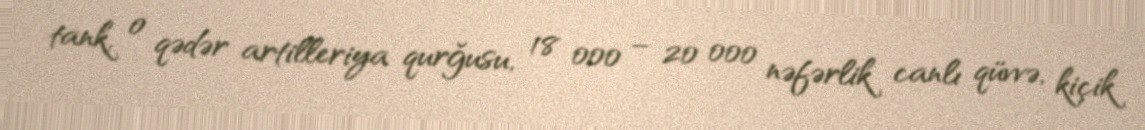
tank, o qədər artilleriya qurğusu, 18 000 – 20 000 nəfərlik canlı qüvvə, kiçik